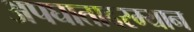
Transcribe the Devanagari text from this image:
अपघातादरम्यान